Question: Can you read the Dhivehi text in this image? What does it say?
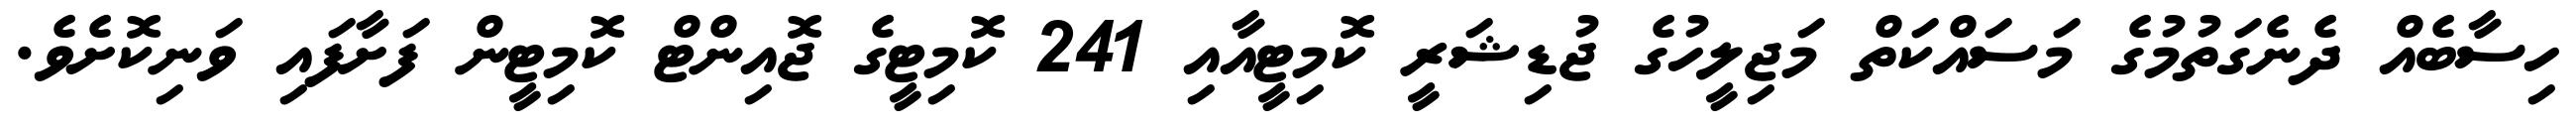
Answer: ހިސާބެއް ދެނެގަތުމުގެ މަސައްކަތް މަޖިލީހުގެ ޖުޑިޝަރީ ކޮމިޓީއާއި 241 ކޮމިޓީގެ ޖޮއިންޓް ކޮމިޓީން ފަށާފައި ވަނިކޮށެވެ.